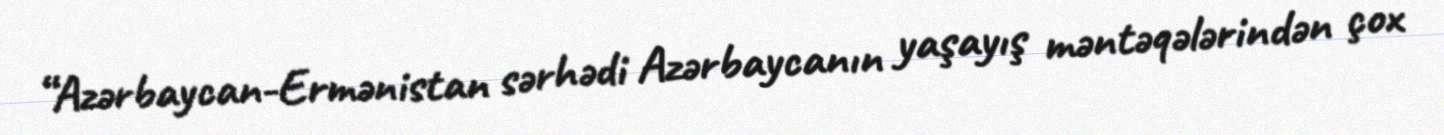
“Azərbaycan-Ermənistan sərhədi Azərbaycanın yaşayış məntəqələrindən çox